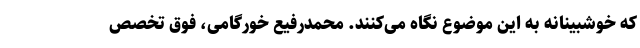
که خوشبینانه به این موضوع نگاه می‌کنند. محمدرفیع خورگامی، فوق‌ تخصص